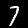
Digit: 7